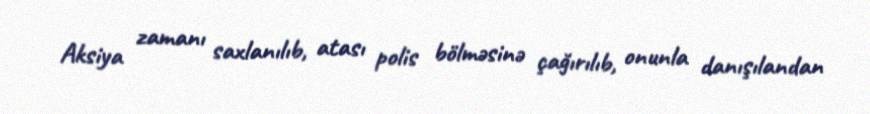
Aksiya zamanı saxlanılıb, atası polis bölməsinə çağırılıb, onunla danışılandan